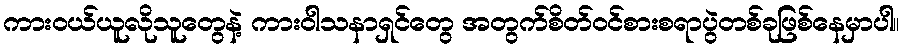
ကားဝယ်ယူလိုသူတွေနဲ့ ကားဝါသနာရှင်တွေ အတွက်စိတ်ဝင်စားစရာပွဲတစ်ခုဖြစ်နေမှာပါ။